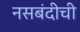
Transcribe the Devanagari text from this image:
नसबंदीची